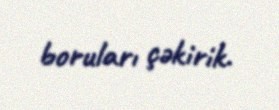
boruları çəkirik.